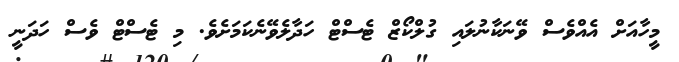
މީހާއަށް އެއްވެސް ވޭނަކާނުލައި ގުލްކޯޒް ޓެސްޓް ހަދާލެވޭނެކަމަށެވެ. މި ޓެސްޓް ވެސް ހަދަނީ